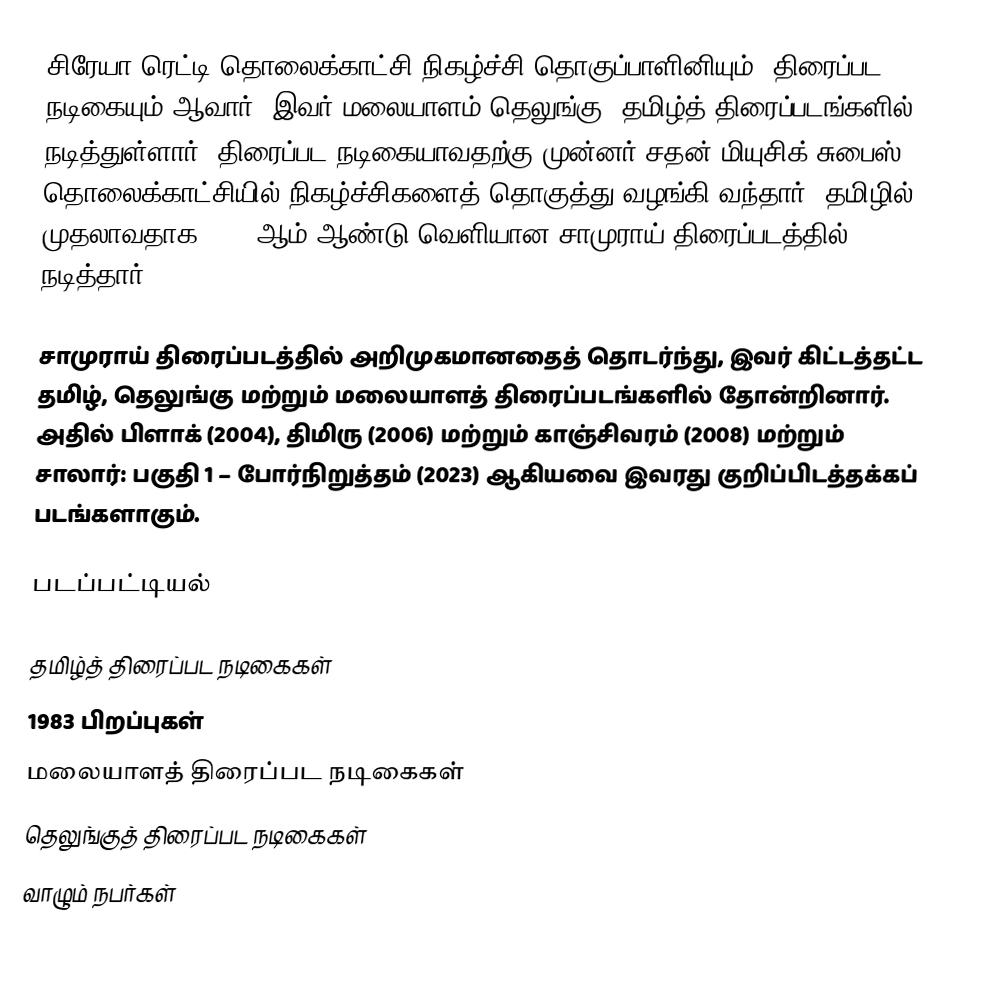
சிரேயா ரெட்டி தொலைக்காட்சி நிகழ்ச்சி தொகுப்பாளினியும், திரைப்பட நடிகையும் ஆவார். இவர் மலையாளம்,தெலுங்கு, தமிழ்த் திரைப்படங்களில் நடித்துள்ளார். திரைப்பட நடிகையாவதற்கு முன்னர் சதன் மியுசிக் சுபைஸ் தொலைக்காட்சியில் நிகழ்ச்சிகளைத் தொகுத்து வழங்கி வந்தார். தமிழில் முதலாவதாக 2002 ஆம் ஆண்டு வெளியான சாமுராய் திரைப்படத்தில் நடித்தார்.

சாமுராய் திரைப்படத்தில் அறிமுகமானதைத் தொடர்ந்து, இவர் கிட்டத்தட்ட தமிழ், தெலுங்கு மற்றும் மலையாளத் திரைப்படங்களில் தோன்றினார். அதில் பிளாக் (2004), திமிரு (2006) மற்றும் காஞ்சிவரம் (2008) மற்றும் சாலார்: பகுதி 1 – போர்நிறுத்தம் (2023) ஆகியவை இவரது குறிப்பிடத்தக்கப் படங்களாகும்.

படப்பட்டியல்

தமிழ்த் திரைப்பட நடிகைகள்
1983 பிறப்புகள்
மலையாளத் திரைப்பட நடிகைகள்
தெலுங்குத் திரைப்பட நடிகைகள்
வாழும் நபர்கள்